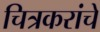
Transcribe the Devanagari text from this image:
चित्रकरांचे